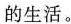
的生活。